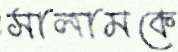
সালামকে